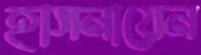
হাসনায়েন